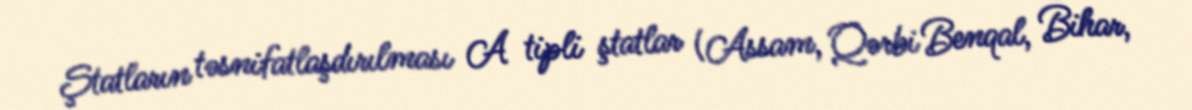
Ştatların təsnifatlaşdırılması A tipli ştatlar (Assam, Qərbi Benqal, Bihar,